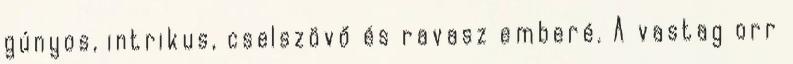
gúnyos, intrikus, cselszövő és ravasz emberé. A vastag orr